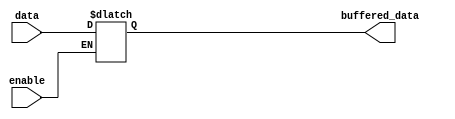
module buffer_with_enable (
    input data,
    input enable,
    output reg buffered_data
);

always @ (data, enable)
begin
    if (enable)
        buffered_data = data;
    else
        buffered_data = buffered_data;
end

endmodule